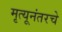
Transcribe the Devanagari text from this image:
मृत्यूनंतरचे